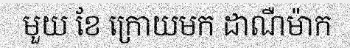
មួយ ខែ ក្រោយមក ដាណឺម៉ាក